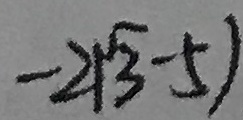
- 2 \sqrt { 3 } - 5 1